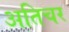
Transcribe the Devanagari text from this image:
अतिचर